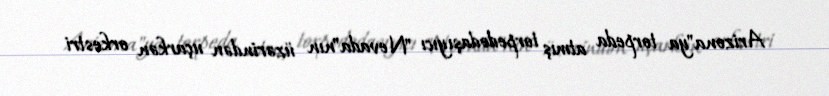
Arizona"ya torpeda atmış torpedodaşıyıcı "Nevada"nın üzərindən uçarkən orkestri